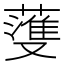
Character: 𫉯